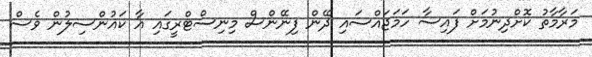
މަރާމާތު ކޮށްދިނުމަށް ފައިސާ ހަމަޖައްސައި ދޭން ފިނޭންސް މިނިސްޓްރީގައި އާ ކައުންސިލުން ވެސް